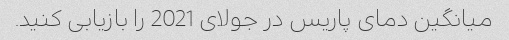
میانگین دمای پاریس در جولای 2021 را بازیابی کنید.